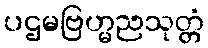
ပဌမဗြဟ္မညသုတ္တံ